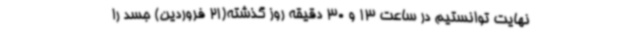
نهایت توانستیم در ساعت 13 و 30 دقیقه روز گذشته(21 فروردین) جسد را